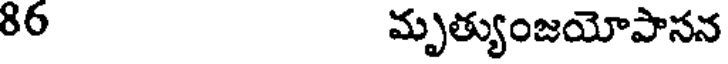
86 మృత్యుంజయోపాసన